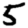
Digit: 5